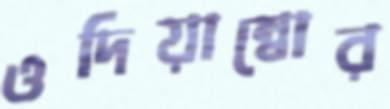
ওদিয়াম্বোর